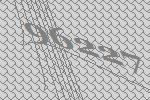
96227